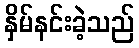
နှိမ်နင်းခဲ့သည်